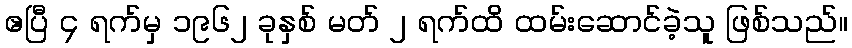
ဧပြီ ၄ ရက်မှ ၁၉၆၂ ခုနှစ် မတ် ၂ ရက်ထိ ထမ်းဆောင်ခဲ့သူ ဖြစ်သည်။